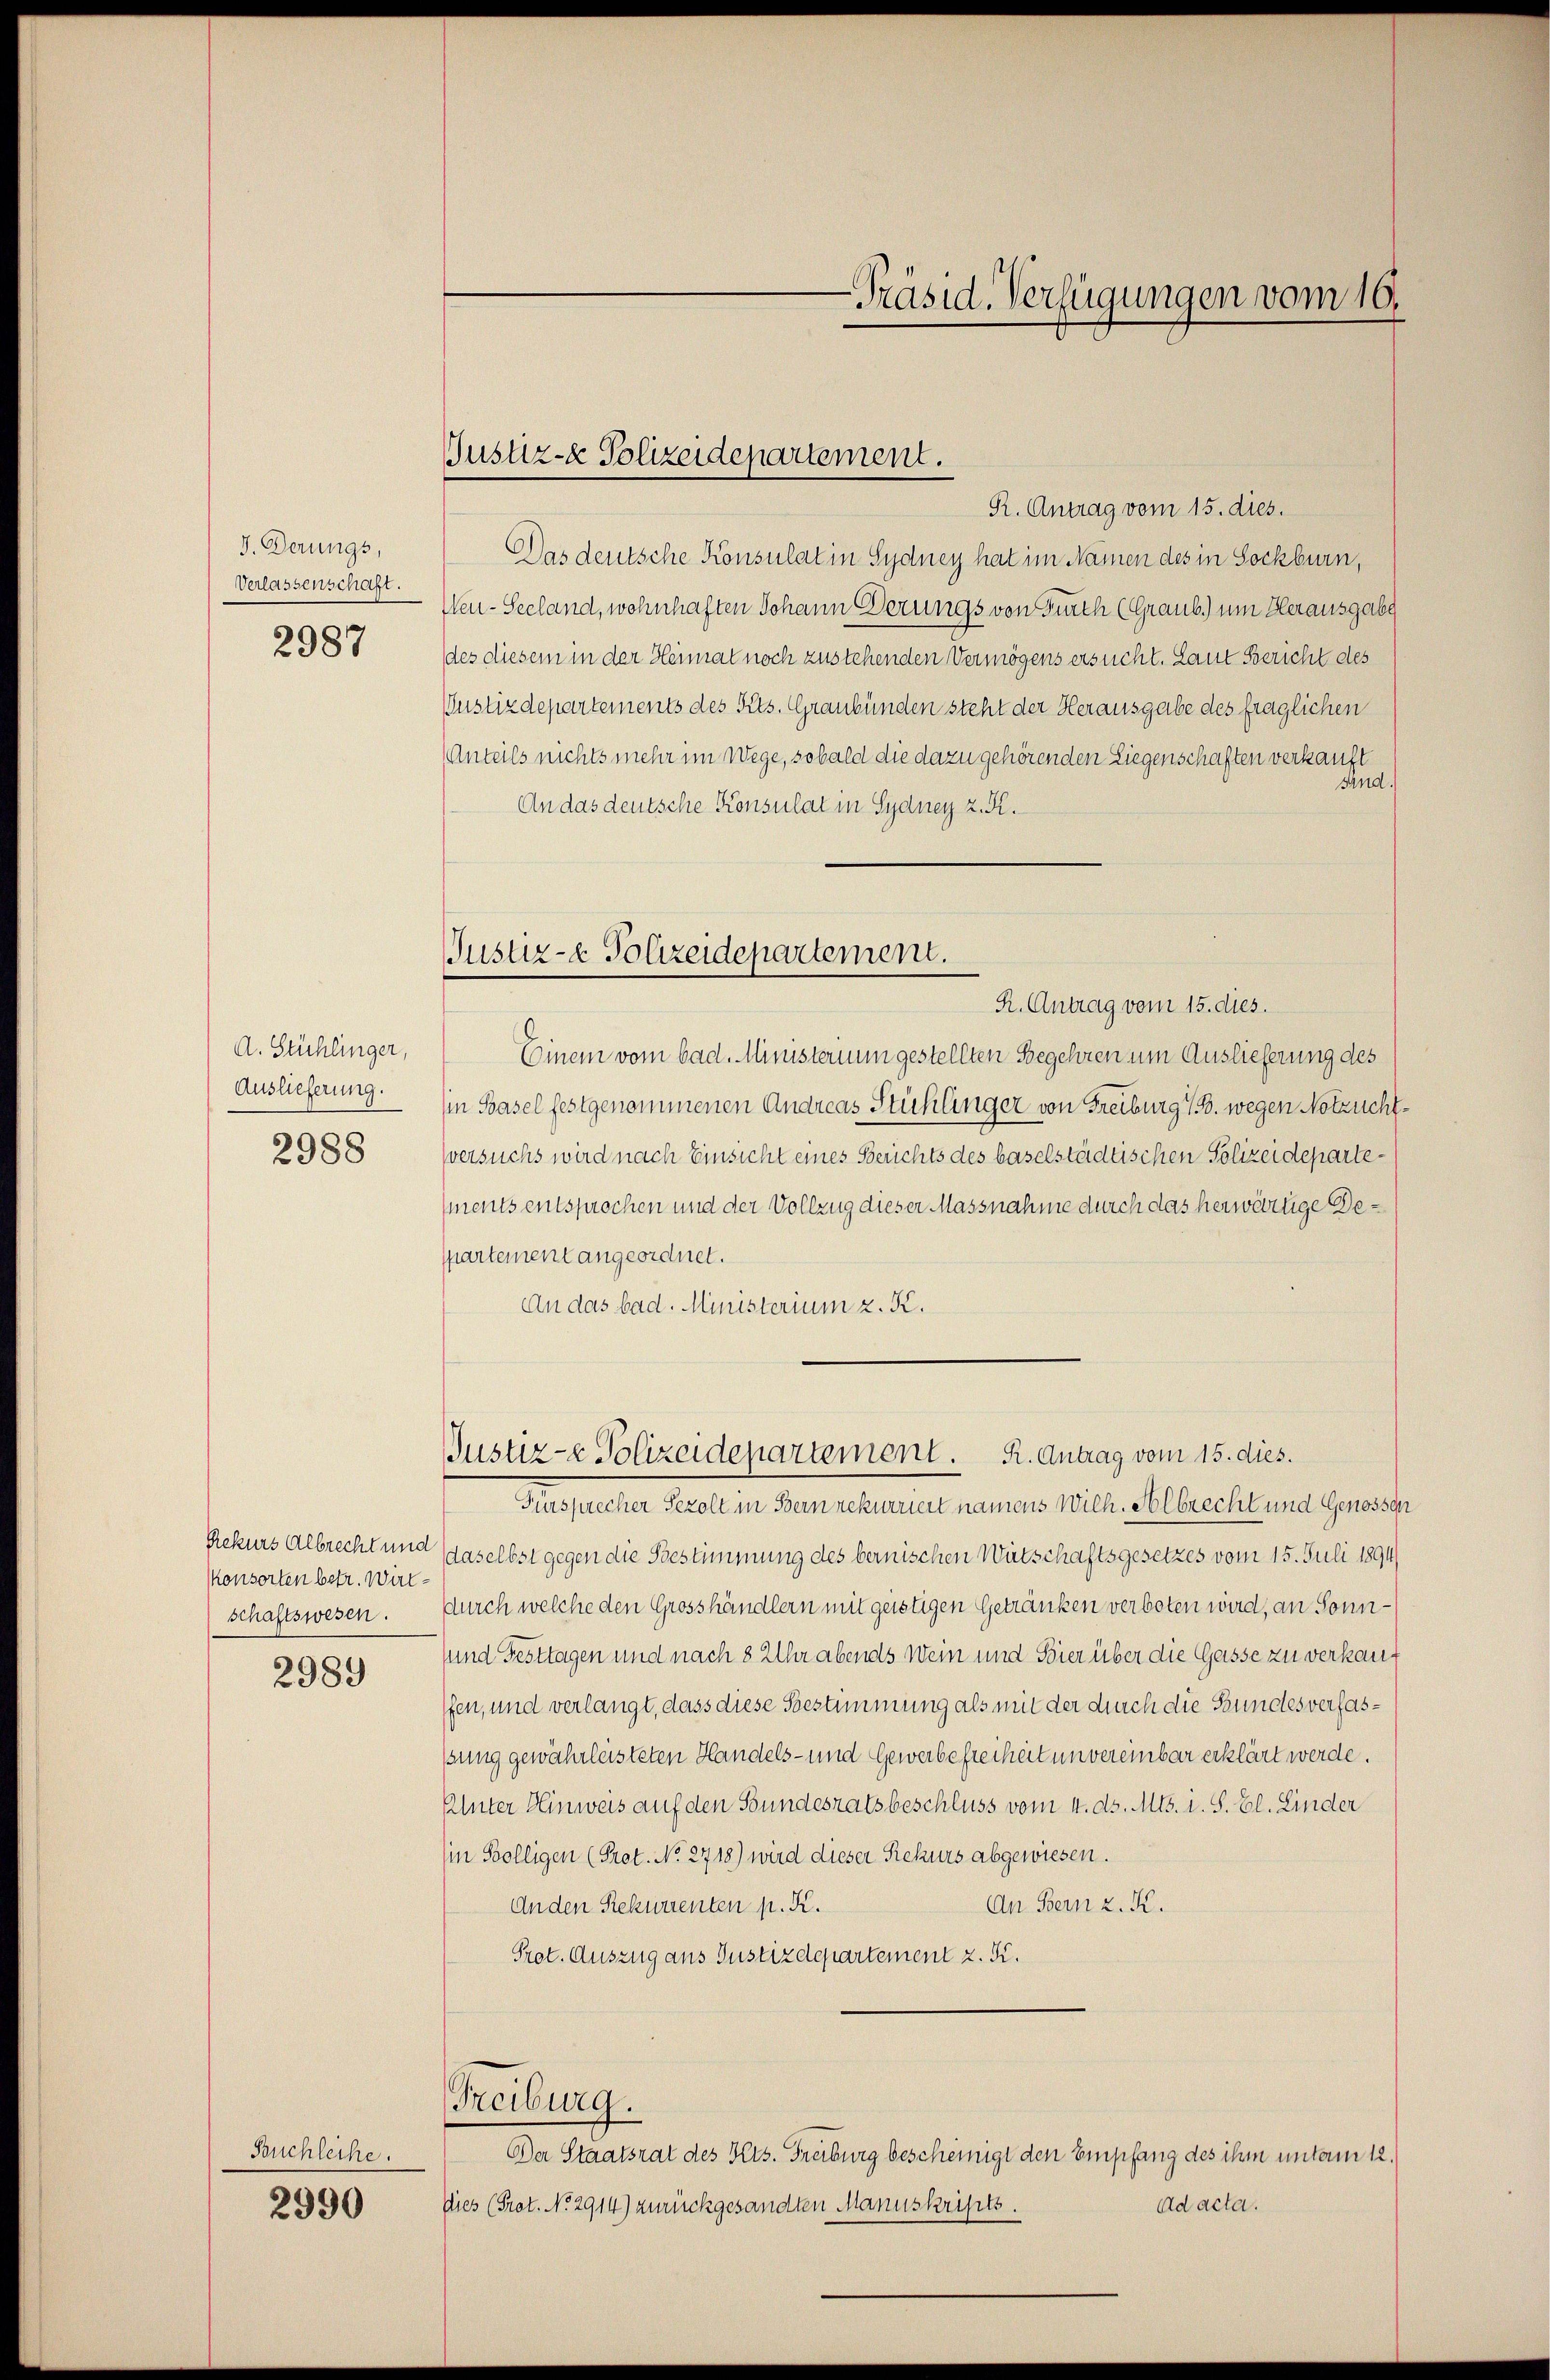
J. Derungs,
Verlassenschaft.
2987

A. Stühlinger,
Auslieferung.
2988

Konsorten betr. Wirkschaftswesen.
2989

Buchleche.

2990

-Präsid. Verfügungen vom 10.

Justiz- & Polizeidepartement.
R. Antrag vom 15. dies.

Justiz- & Polizeidepartement.
R. Antrag vom 15. dies.

Das deutsche Konsulat in Sydney hat im Namen des in Sockburn,
Wen-Seeland, wohnhaften Johann derungs von Furch (Graub.) um Herausgabe
des diesem in der Heimat noch zustehenden Vermögens ersucht. Laut Bericht des
Justizdepartements des Pits. Graubünden steht der Herausgabe des fraglichen
Anteils nichts mehr im Wege, sobald die dazu gehörenden Liegenschaften verkauft
sand.
An das deutsche Konsulat in Sydney z. K.
Einem vom bad. Ministerium gestellten Begehren um Auslieferung des
in Basel festgenommenen Andreas Stühlinger von Freiburg / B. wegen Notzuchtversuchs wird nach Einsicht eines Berichts des baselstädtischen Polizeidepartements entsprochen und der Vollzug dieser Massnahme durch das herwärtige Deppartement angeordnet.
An das bad. Ministerium z. K.
Justiz- & Polizeidepartement. R. Antrag vom 15. dies.
Fursprecher Sezolt in Bern rekurriert namens Wilh. Albrecht und Genosse
Rekurs Albrecht und daselbst gegen die Bestimmung des bernischen Witschaftsgesetzes vom 15. Juli 1894
durch welche den Grosshändlern mit geistigen Getränken verboten wird, an Sonnsund Festtagen und nach 8 Uhr abends Wein und Bier über die Gasse zu verkauf
fen, und verlangt, dass diese Bestimmung als mit der durch die Bundesverfasssung gewährleisteten Handels- und Gewerbefreiheit unvereinbar erklärt werde.
Unter Hinweis auf den Bundesratsbeschluss vom 4. ds. Mts. i. S. Bl. Linder
(in Kölligen (Prot. No. 2718) wird dieser Rekurs abgewiesen.
An Bern z. K.
Anden Rekurrenten p. K.
Prot. Auszug aus Justizdepartement z. S.
Freiburg.
Der Staatsrat des Kts. Freiburg bescheinigt den Empfang des ihm unterm 12.
Dies (Prot. No. 2914) zurückgesandten Manuskripts.
ad acta.